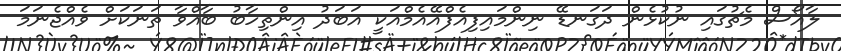
ލާއޯސް މެޗުގައި ނުކުޅެން ދަގަނޑޭ ނިންމައިފިއެފްއޭއެމްއަކީ އަބަދު އިންތިހާބު ބާއްވާ ތަނަކަށް ވެއްޖެނަމަ